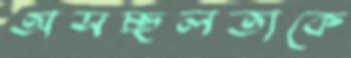
অসচ্ছলতাকে